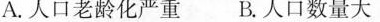
A.人口老龄化严重 B.人口数量大